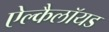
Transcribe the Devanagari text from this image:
ऐल्कैलॉयड